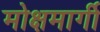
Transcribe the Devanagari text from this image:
मोक्षमार्गी